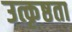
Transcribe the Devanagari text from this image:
उत्कृष्ठता